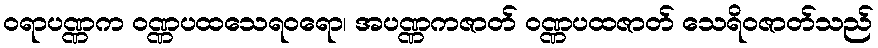
ဝရာပဏ္ဏက ဝဏ္ဏပထသေရဝရော၊ အပဏ္ဏကဇာတ် ဝဏ္ဏပထဇာတ် သေရိဝဇာတ်သည်